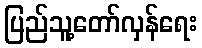
ပြည်သူ့တော်လှန်ရေး